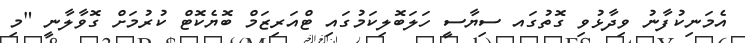
އެމަނިކުފާނު ވިދާޅުވި ގޮތުގައ ސިޔާސީ ހަލަބޮލިކަމުގައި ޓްއަރިޒަމް ބޮޔެކޮޓް ކުރުމަށް ގޮވާލާނީ "މި